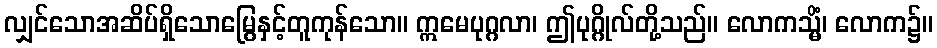
လျှင်သောအဆိပ်ရှိသောမြွေနှင့်တူကုန်သော။ ဣမေပုဂ္ဂလာ၊ ဤပုဂ္ဂိုလ်တို့သည်။ လောကသ္မိံ၊ လောက၌။